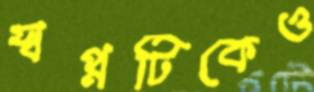
স্বপ্নটিকেও